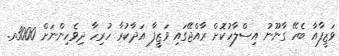
ވަޒީފާއާ ބެހޭ ގާނޫނު އިސްލާހުކޮށް ރާއްޖޭގައި ވަޒީފާ އަދާކުރާ ހުރިހާ ދިވެހިންނަށް 3000ރ.